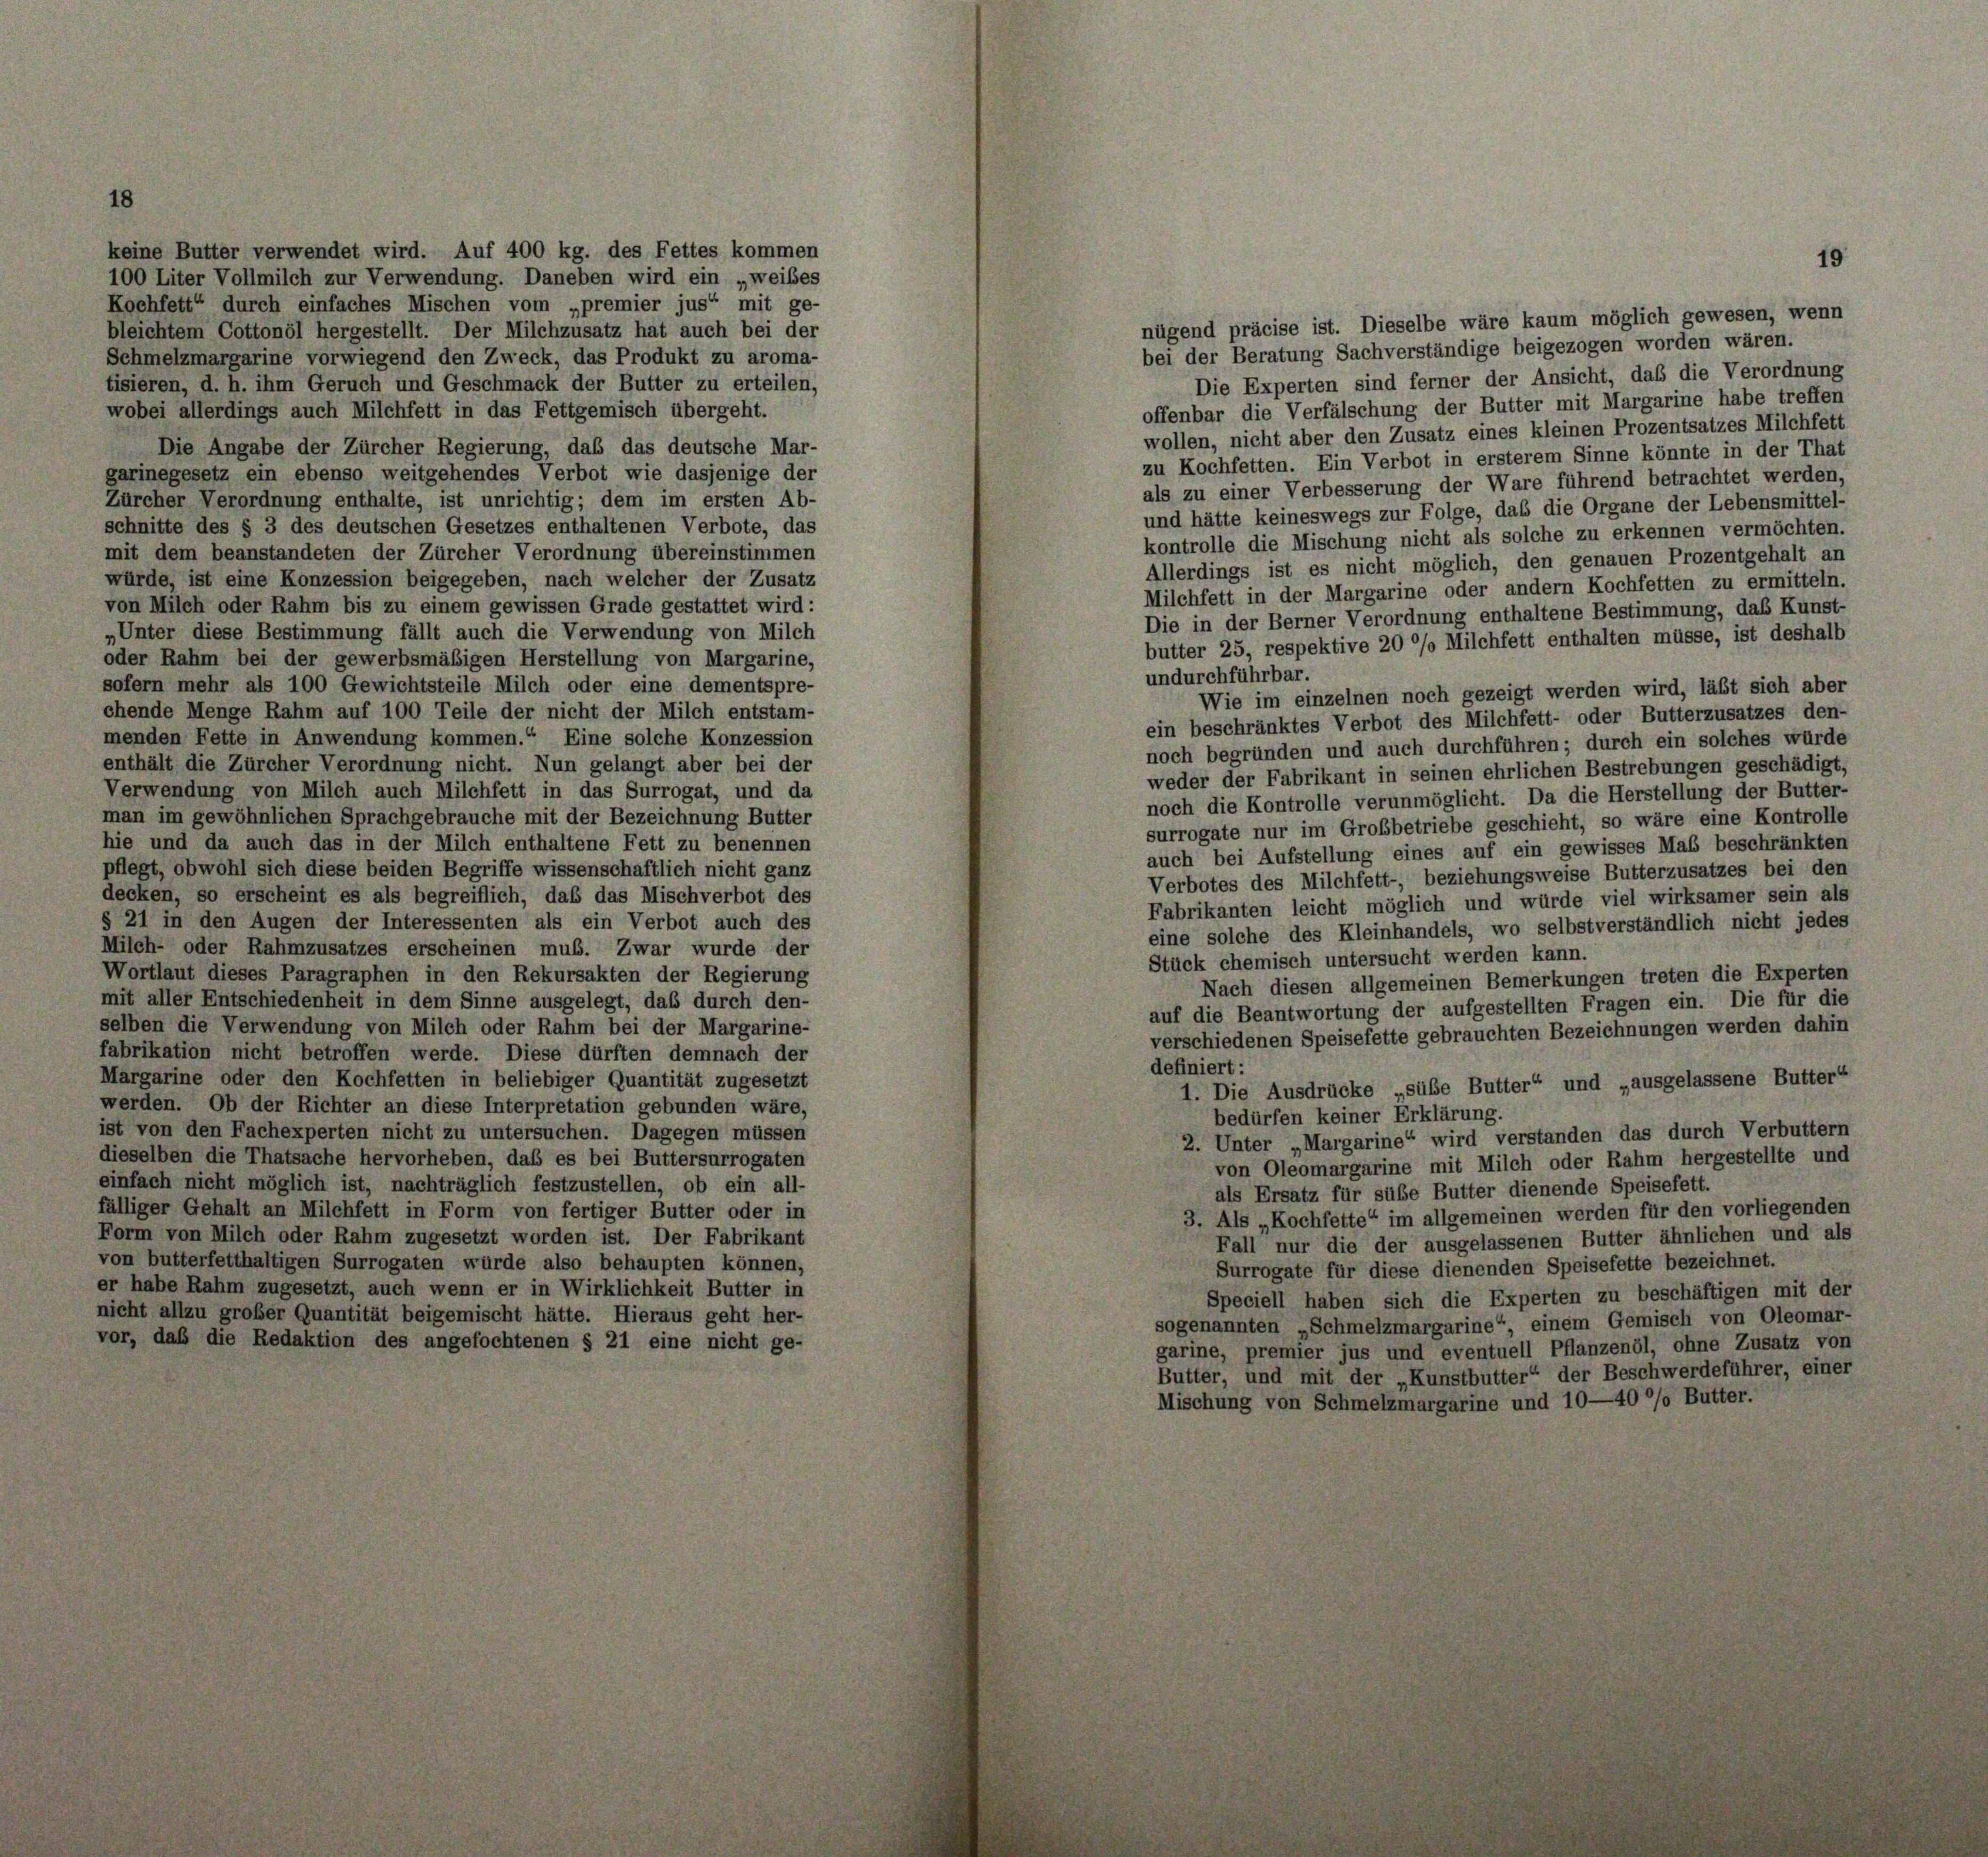
keine Butter verwendet wird. Auf 400 kg. des Fettes kommen
100 Liter Vollmilch zur Verwendung. Daneben wird ein „weibes
Kochfett“ durch einfaches Mischen vom „premier jus“ mit ge-
bleichtem Cottonöl hergestellt. Der Milchzusatz hat auch bei der
Schmelzmargarine vorwiegend den Zweck, das Produkt zu aroma-
tisieren, d. h. ihm Geruch und Geschmack der Butter zu erteilen,
wobei allerdings auch Milchfett in das Fettgemisch übergeht.
Die Angabe der Zürcher Regierung, daß das deutsche Mar-
garinegesetz ein ebenso weitgehendes Verbot wie dasjenige der
Zürcher Verordnung enthalte, ist unrichtig; dem im ersten Ab-
schnitte des § 3 des deutschen Gesetzes enthaltenen Verbote, das
mit dem beanstandeten der Zürcher Verordnung übereinstimmen
würde, ist eine Konzession beigegeben, nach welcher der Zusatz
von Milch oder Rahm bis zu einem gewissen Grade gestattet wird:
„Unter diese Bestimmung fällt auch die Verwendung von Milch
oder Rahm bei der gewerbsmäßigen Herstellung von Margarine,
sofern mehr als 100 Gewichtsteile Milch oder eine dementspre-
chende Menge Rahm auf 100 Teile der nicht der Milch entstam-
menden Fette in Anwendung kommen.“ Eine solche Konzession
enthält die Zürcher Verordnung nicht. Nun gelangt aber bei der
Verwendung von Milch auch Milchfett in das Surrogat, und da
man im gewöhnlichen Sprachgebrauche mit der Bezeichnung Butter
hie und da auch das in der Milch enthaltene Fett zu benennen
pflegt, obwohl sich diese beiden Begriffe wissenschaftlich nicht ganz
decken, so erscheint es als begreiflich, daß das Mischverbot des
§ 21 in den Augen der Interessenten als ein Verbot auch des
Milch- oder Rahmzusatzes erscheinen mub. Zwar wurde der
Wortlaut dieses Paragraphen in den Rekursakten der Regierung
mit aller Entschiedenheit in dem Sinne ausgelegt, daß durch den-
selben die Verwendung von Milch oder Rahm bei der Margarine-
fabrikation nicht betroffen werde. Diese dürften demnach der
Margarine oder den Kochfetten in beliebiger Quantität zugesetzt
werden. Ob der Richter an diese Interpretation gebunden wäre,
ist von den Fachexperten nicht zu untersuchen. Dagegen müssen
dieselben die Thatsache hervorheben, daß es bei Buttersurrogaten
einfach nicht möglich ist, nachträglich festzustellen, ob ein all-
fälliger Gehalt an Milchfett in Form von fertiger Butter oder in
Form von Milch oder Rahm zugesetzt worden ist. Der Fabrikant
von butterfetthaltigen Surrogaten würde also behaupten können,
er habe Rahm zugesetzt, auch wenn er in Wirklichkeit Butter in
nicht allzu großer Quantität beigemischt hätte. Hieraus geht her-
vor, daß die Redaktion des angefochtenen § 21 eine nicht ge-

nügend präcise ist. Dieselbe wäre kaum möglich gewesen, wenn
bei der Beratung Sachverständige beigezogen worden wären.
Die Experten sind ferner der Ansicht, daß die Verordnung
offenbar die Verfälschung der Butter mit Margarine habe treffen
wollen, nicht aber den Zusatz eines kleinen Prozentsatzes Milchfett
zu Kochfetten. Ein Verbot in ersterem Sinne könnte in der That
als zu einer Verbesserung der Ware führend betrachtet werden,
und hätte keineswegs zur Folge, daß die Organe der Lebensmittel-
kontrolle die Mischung nicht als solche zu erkennen vermöchten.
Allerdings ist es nicht möglich, den genauen Prozentgehalt an
Milchfett in der Margarine oder andern Kochfetten zu ermitteln.
Die in der Berner Verordnung enthaltene Bestimmung, das Kunst-
butter 25, respektive 20 %% Milchfett enthalten müsse, ist deshalb
undurchführbar.
Wie im einzelnen noch gezeigt werden wird, läßt sich aber
ein beschränktes Verbot des Milchfett- oder Butterzusatzes den-
noch begründen und auch durchführen; durch ein solches würde
weder der Fabrikant in seinen ehrlichen Bestrebungen geschädigt,
noch die Kontrolle verunmöglicht. Da die Herstellung der Butter-
surrogate nur im Großbetriebe geschieht, so wäre eine Kontrolle
auch bei Aufstellung eines auf ein gewisses Maß beschränkten
Verbotes des Milchfett-, beziehungsweise Butterzusatzes bei den
Fabrikanten leicht möglich und würde viel wirksamer sein als
eine solche des Kleinhandels, wo selbstverständlich nicht jedes
Stück chemisch untersucht werden kann.
Nach diesen allgemeinen Bemerkungen treten die Experten
auf die Beantwortung der aufgestellten Fragen ein. Die für die
verschiedenen Speisefette gebrauchten Bezeichnungen werden dahin
definiert:
1. Die Ausdrücke „sübe Butter“ und „ausgelassene Butter“
bedürfen keiner Erklärung.
2. Unter „Margarine“ wird verstanden das durch Verbuttern
von Oleomargarine mit Milch oder Rahm hergestellte und
als Ersatz für sübe Butter dienende Speisefett.
3. Als „Kochfette“ im allgemeinen werden für den vorliegenden
Fall nur die der ausgelassenen Butter ähnlichen und als
Surrogate für diese dienenden Speisefette bezeichnet.
Speciell haben sich die Experten zu beschäftigen mit der
sogenannten „Schmelzmargarine“, einem Gemisch von Oleomar-
garine, premier jus und eventuell Pflanzenöl, ohne Zusatz von
Butter, und mit der „Kunstbutter“ der Beschwerdeführer, einer
Mischung von Schmelzmargarine und 10—40 °/o Butter.

19